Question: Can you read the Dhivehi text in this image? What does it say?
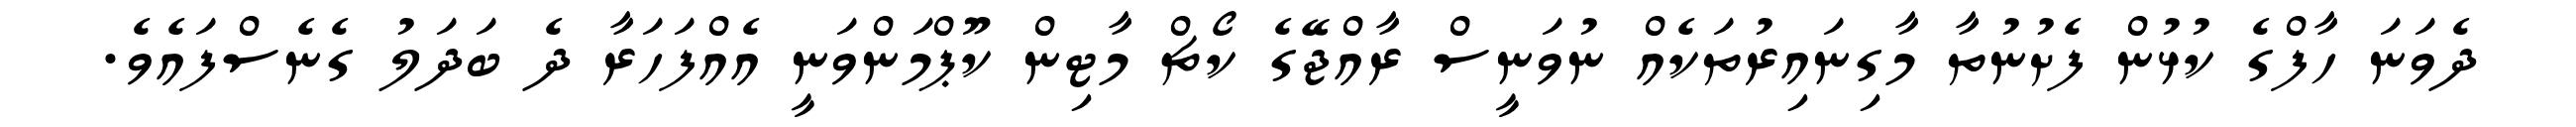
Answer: ދެވަނަ ހާފްގެ ކުޅުން ފެށުނުތާ މާގިނައިރުތަކެއް ނުވަނީސް ރާއްޖޭގެ ކޯޗް މާޓިން ކޫޕްމަންވަނީ އެއްފަހަރާ ދެ ބަދަލު ގެނެސްފައެވެ.